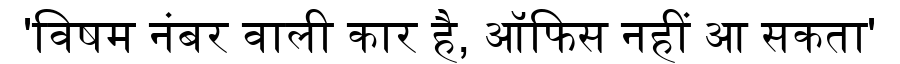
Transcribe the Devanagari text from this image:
'विषम नंबर वाली कार है, ऑफिस नहीं आ सकता'